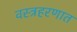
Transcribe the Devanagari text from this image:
वस्त्रहरणात